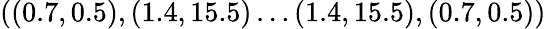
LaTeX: ((0.7,0.5),(1.4,15.5)\dots(1.4,15.5),(0.7,0.5))